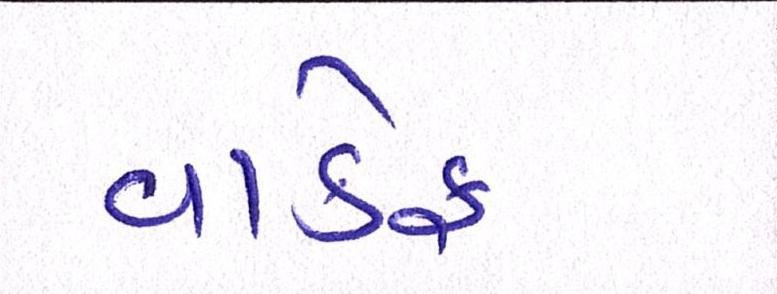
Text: વાકેફ